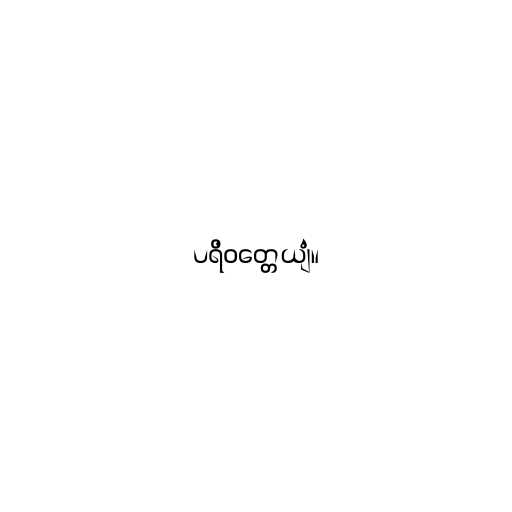
ပရိဝတ္တေယျံ။